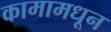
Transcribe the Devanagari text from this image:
कामामधून